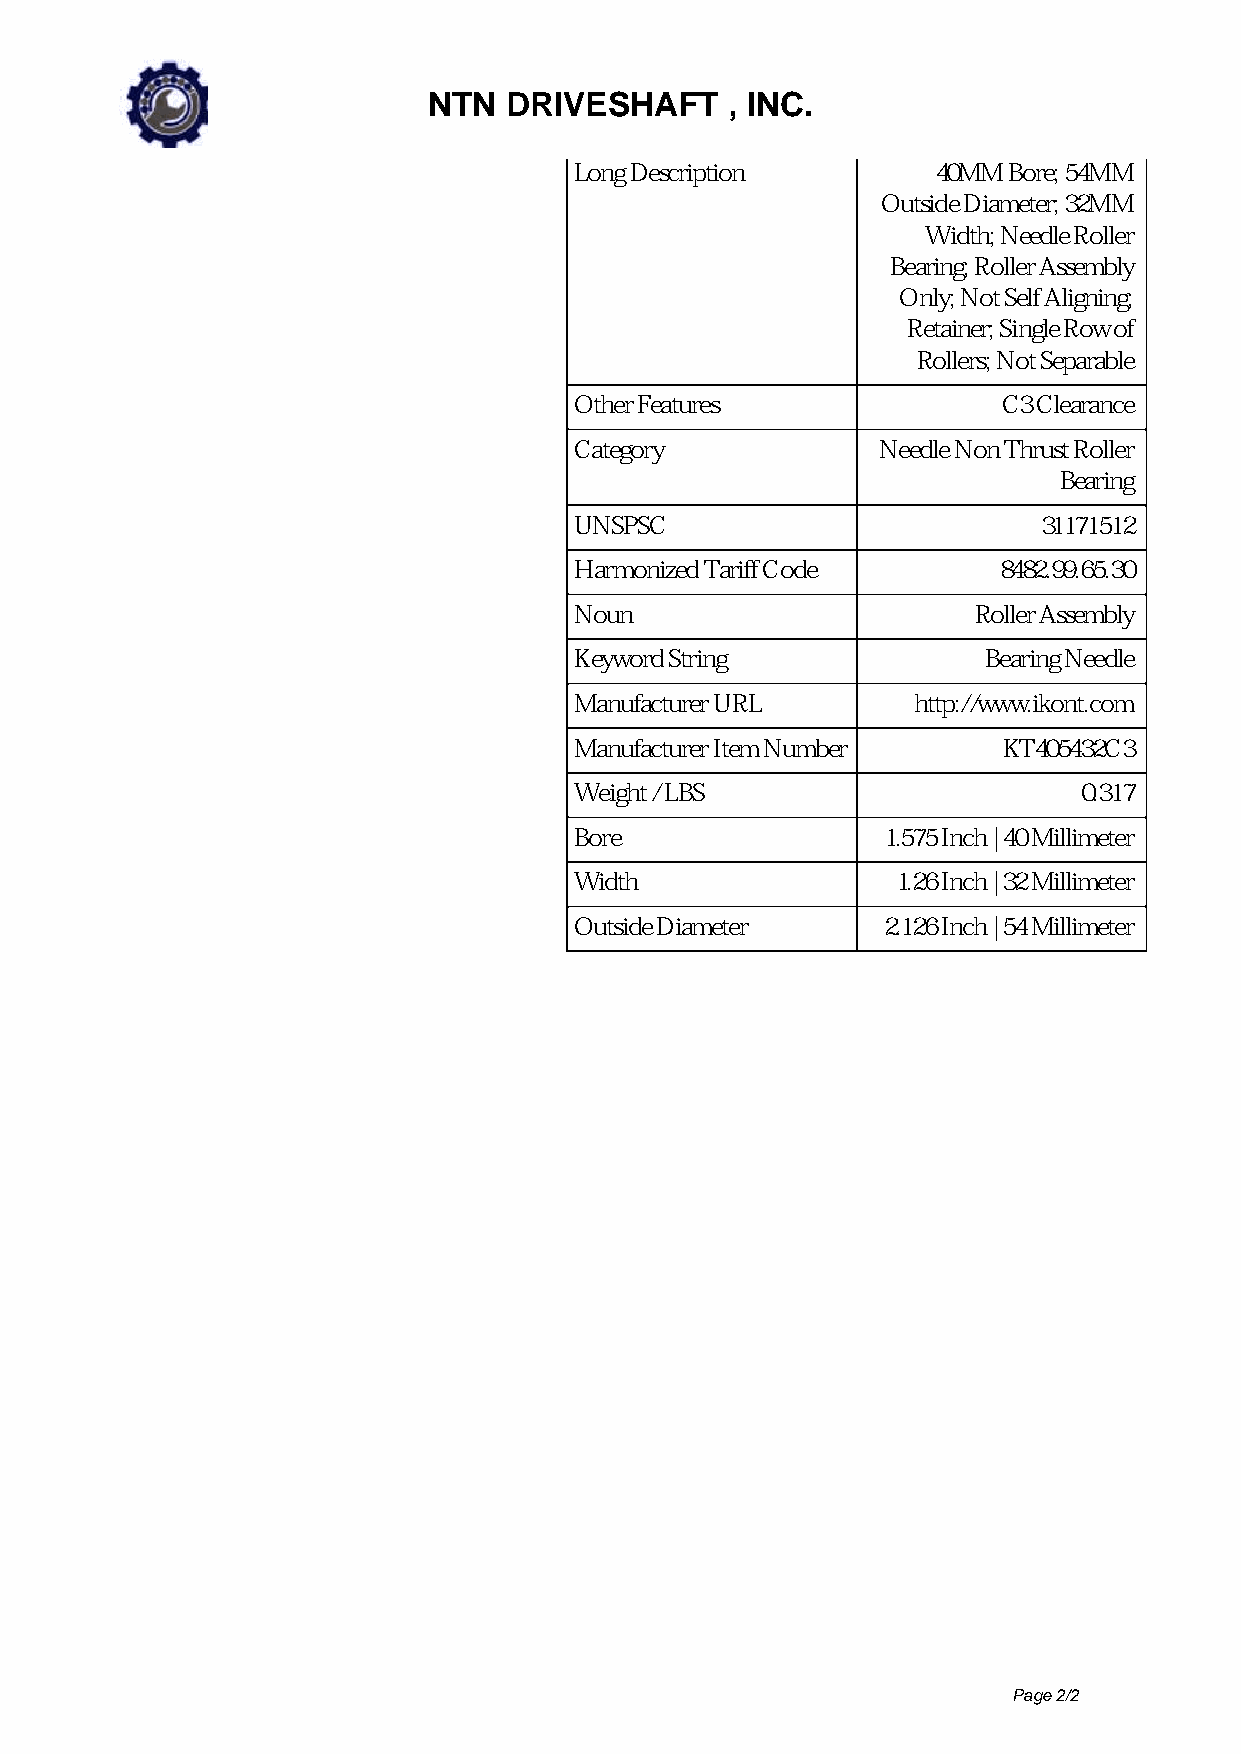
NTN  DRIVESHAFT     , INC.
 Long Description        40MM Bore; 54MM
 Outside Diameter; 32MM
 Width; Needle Roller
 Bearing; Roller Assembly
 Only; Not Self Aligning;
 Retainer; Single Row of
 Rollers; Not Separable
 Other Features              C3 Clearance
 Category            Needle Non Thrust Roller
 Bearing
 UNSPSC                         31171512
 Harmonized Tariff Code      8482.99.65.30
 Noun                       Roller Assembly
 Keyword String             Bearing Needle
 Manufacturer URL      http://www.ikont.com
 Manufacturer Item Number    KT405432C3
 Weight / LBS                      0.317
 Bore                1.575 Inch | 40 Millimeter
 Width                1.26 Inch | 32 Millimeter
 Outside Diameter    2.126 Inch | 54 Millimeter
 Page 2/2
 Powered by TCPDF (www.tcpdf.org)